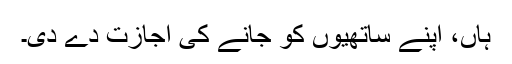
ہاں، اپنے ساتھیوں کو جانے کی اجازت دے دی۔